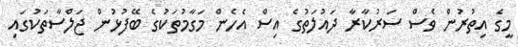
މީގެ އިތުރުން ވެސް ސަރުކާރާ ދައުލަތުގެ އިސް އެހެން މަގާމުތަކުގެ ބޭފުޅުން ޖަލްސާތަކުގައި